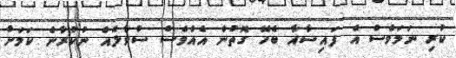
ކުރި ނަމަވެސް އެ ފައިސާއާ ބެހޭ ގޮތުން އެއްވެސް ސުވާލެއް ނުކުރާނެ ކަމަށް